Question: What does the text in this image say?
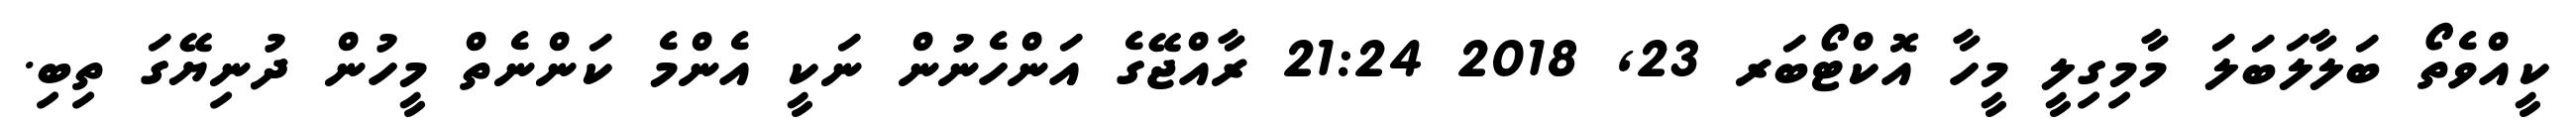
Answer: ކީއްވެތޯ ބަލާލަބަލަ މާމިގިލީ މީހާ އޮކްޓޯބަރ 23, 2018 21:24 ރާއްޖޭގެ އަންހެނުން ނަކީ އެންމެ ކަންނެތް މީހުން ދުނިޔޭގަ ތިބި.